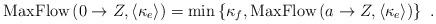
LaTeX: \begin{align*}\mbox{MaxFlow}\left(0 \rightarrow Z, \langle \kappa_{e} \rangle\right) = \min \left\{\kappa_{f} , \mbox{MaxFlow} \left(a \rightarrow Z, \langle \kappa_{e} \rangle\right) \right\} \ .\end{align*}